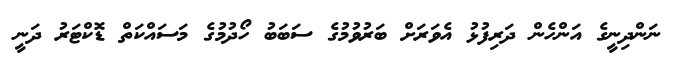
ނަންދިނީގެ އަންހެން ދަރިފުޅު އެވަރަށް ބަރުވުމުގެ ސަބަބު ހޯދުމުގެ މަސައްކަތް ޑޮކްޓަރު ދަނީ